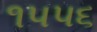
૧૫૫૬